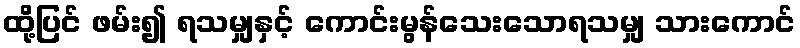
ထို့ပြင် ဖမ်း၍ ရသမျှနှင့် ကောင်းမွန်သေးသောရသမျှ သားကောင်